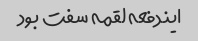
ایندفعه لقمه سفت بود